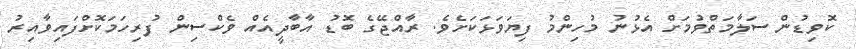
ކޮވިޑުން ސަލާމަތްވުމަށް އެޅުނު މުހިންމު ފިޔަވަޅަކަށެވެ. ރާއްޖޭގެ ބޮޑު އާބާދީއެއް ވެކްސިން ފުރިިހަމަކޮށްފައިވާއިރު